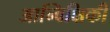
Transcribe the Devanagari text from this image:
आन्विक्षिकी